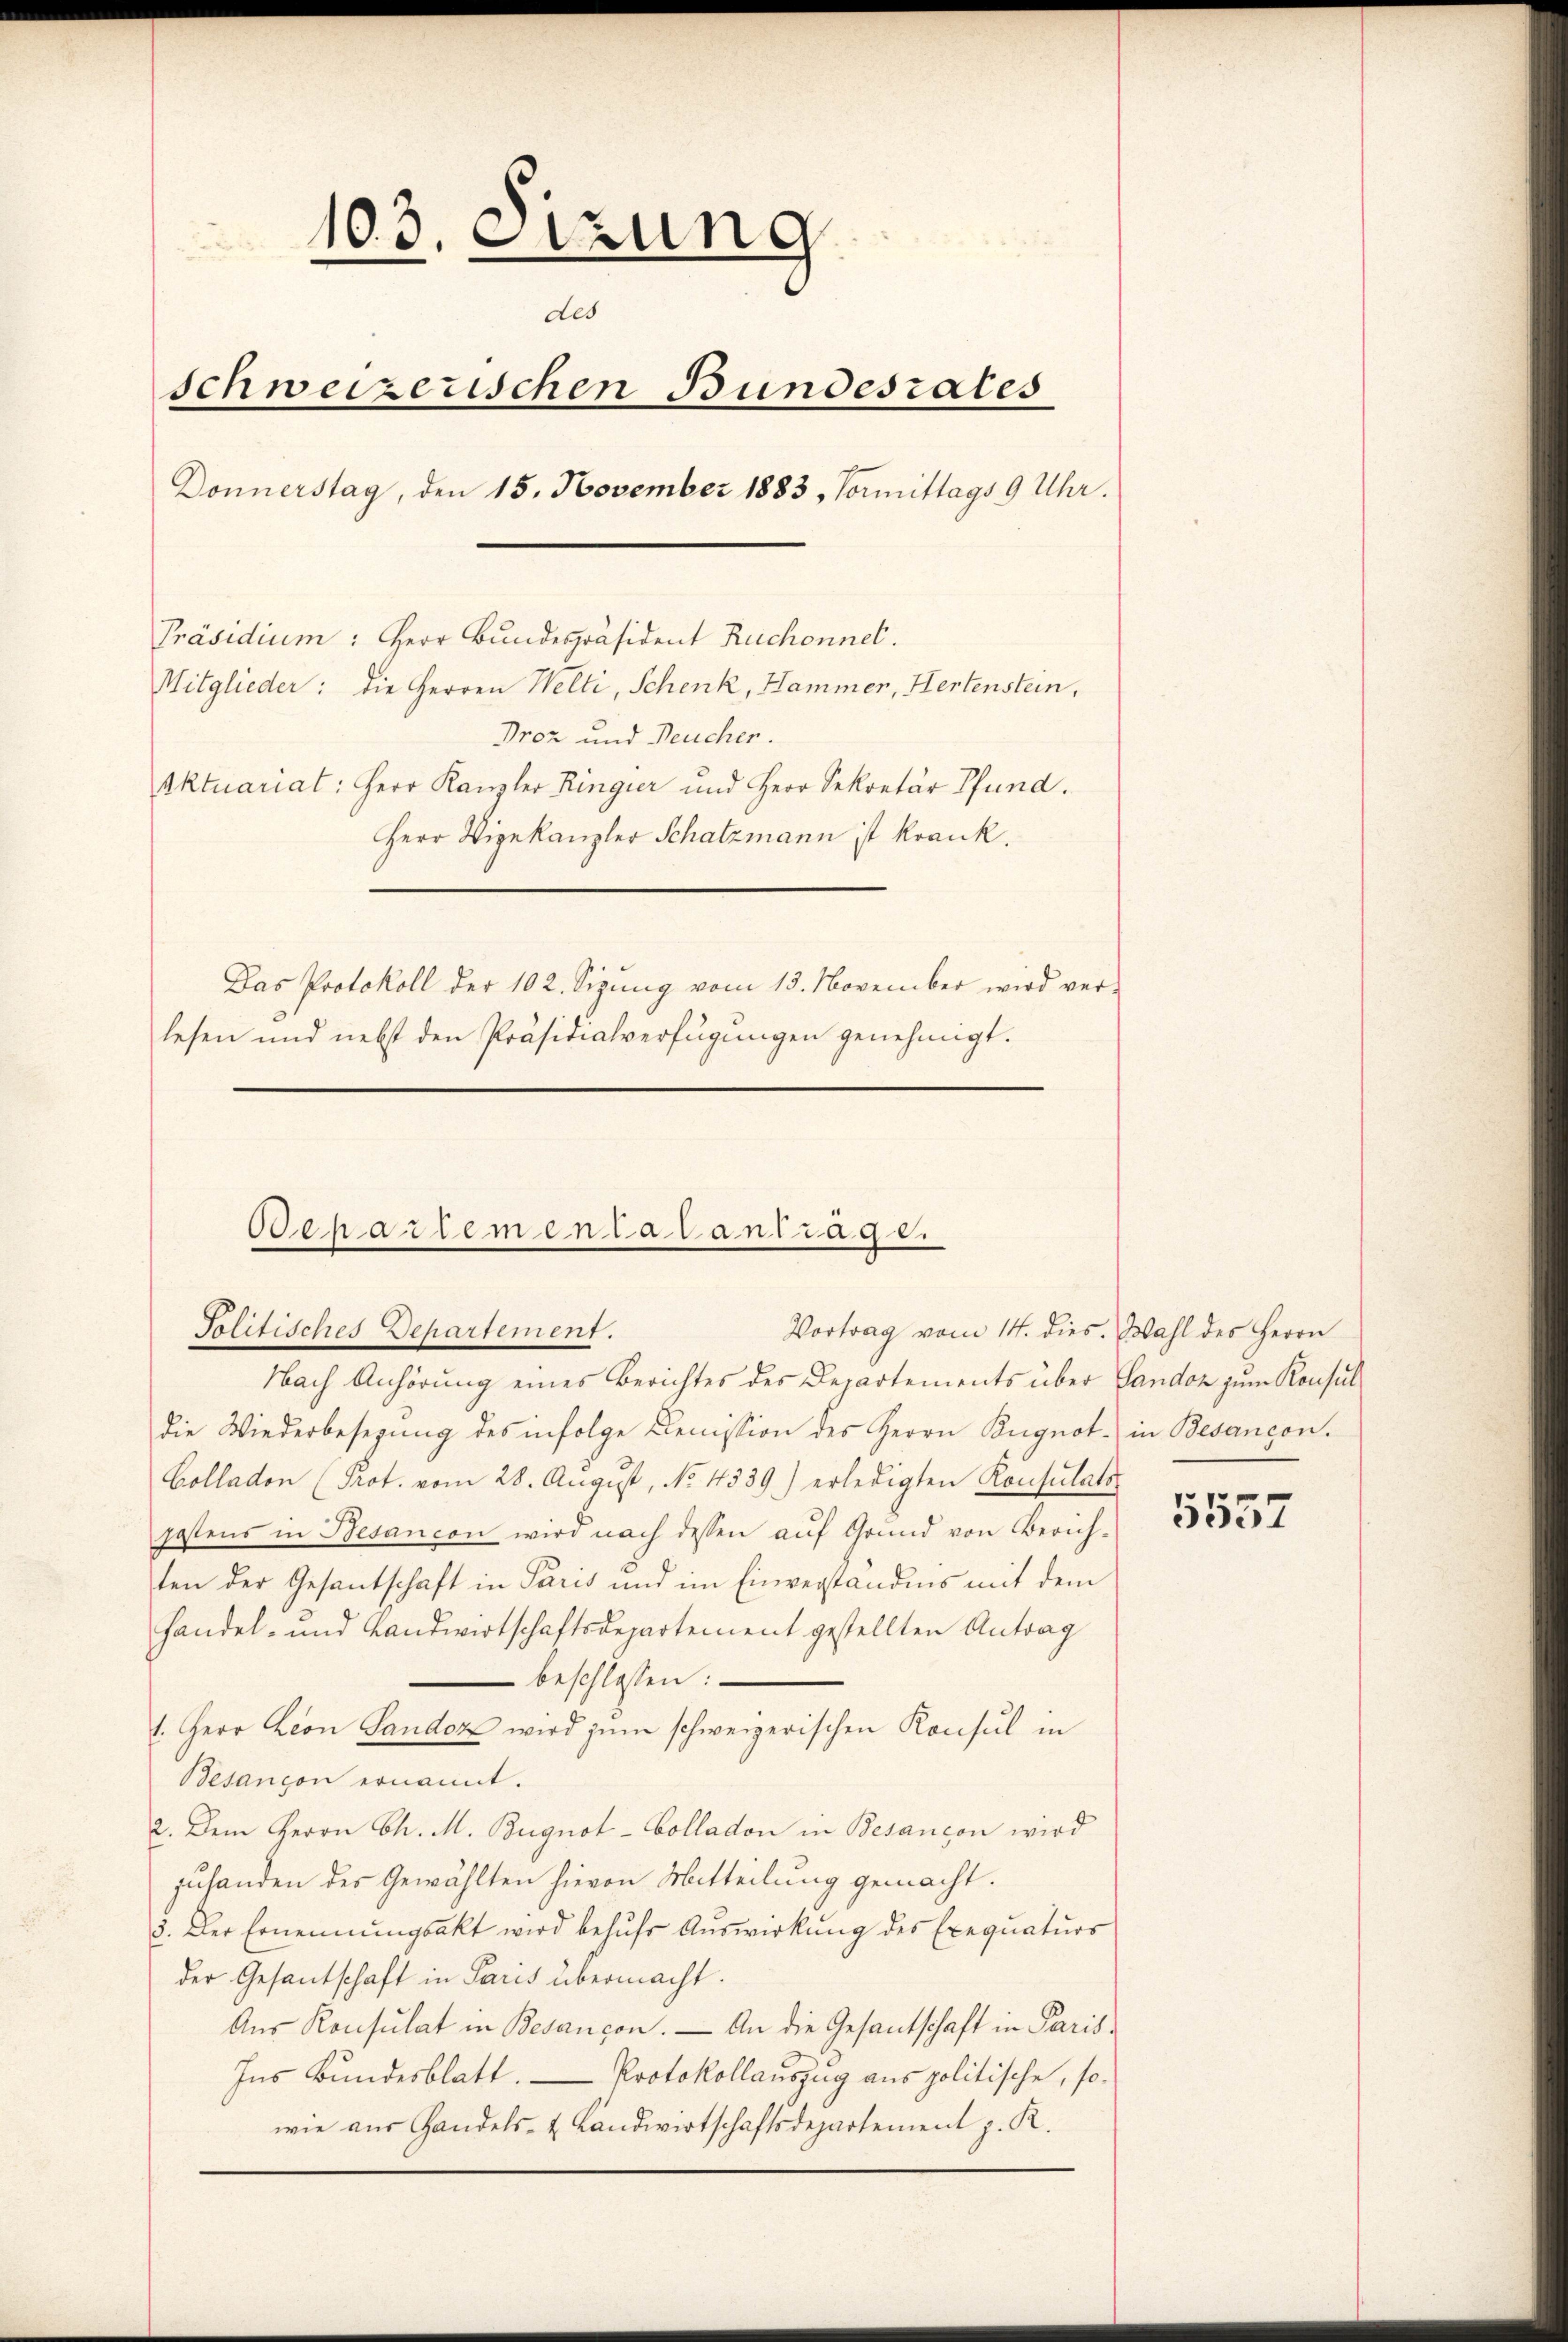
103. izung
der
schweizerischen Bundesrates
Donnerstag, den 15. November 1883, Vormittags 9 Uhr.
Präsidium: Herr Bundespräsident Ruchonnel.
Mitglieder: die Herren Welti, Schenk, Hammer, Hertenstein,
Broz und Neucher.
Aktuariat: Herr Kanzler Ringier und Herr Sekretär Pfund.
Herr Vizekanzler Schatzmann ist krank.
Das Protokoll der 102. Sigŭng vom 13. November wird ver-
lesen und nebst den Präsidialverfügungen genehmigt.

Ochartementatantrage.
Politisches Departement.

Nach Anhörung eines Berichtes des Departements über Landon zum Konsul
die Wiederbesezung des infolge Denission des Herrn Bugnot in Besançon
Colladon (Prot. vom 28. August, No. 4339) erledigten Konsulats
postens in Besancon wird nach dessen auf Grund von Zürichten der Gesantschaft in Paris und im Einverständnis mit dem
Handel- und Landwirtschaftsdepartement gestellten Antrag
beschlossen:
1. Herr Leon Sandoz wird zum schweizerischen Konsul in
Besançon ernannt.
2. Dem Herrn Ch. M. Bügnot-Colladon in Besançon wird
zuhanden des Gewählten hievon Mitteilung gemacht.
3. Der Ernennungsakt wird behŭfs Auswirkung des Exequaturs
der Gesantschaft in Paris übermacht.
Aŭs Konsulat in Besançon. — An die Gesantschaft in Paris-
Ins Bundesblatt. Protokollauszug aus politische, so-
wie aus Handels- & Landwirtschaftsdepartement z. R.

Vortrag vom 14. dies. Wahl des Herrn

5557